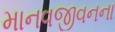
માનવજીવનના